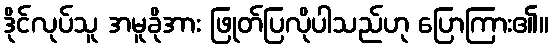
ဒိုင်လုပ်သူ အမူခိုအား ဖြုတ်ပြလိုပါသည်ဟု ပြောကြား၏။